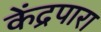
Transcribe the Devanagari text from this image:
केंद्रपारा